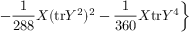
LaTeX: \left. - \frac { 1 } { 2 8 8 } X ( \mathrm { t r } Y ^ { 2 } ) ^ { 2 } - \frac { 1 } { 3 6 0 } X \mathrm { t r } Y ^ { 4 } \right\}